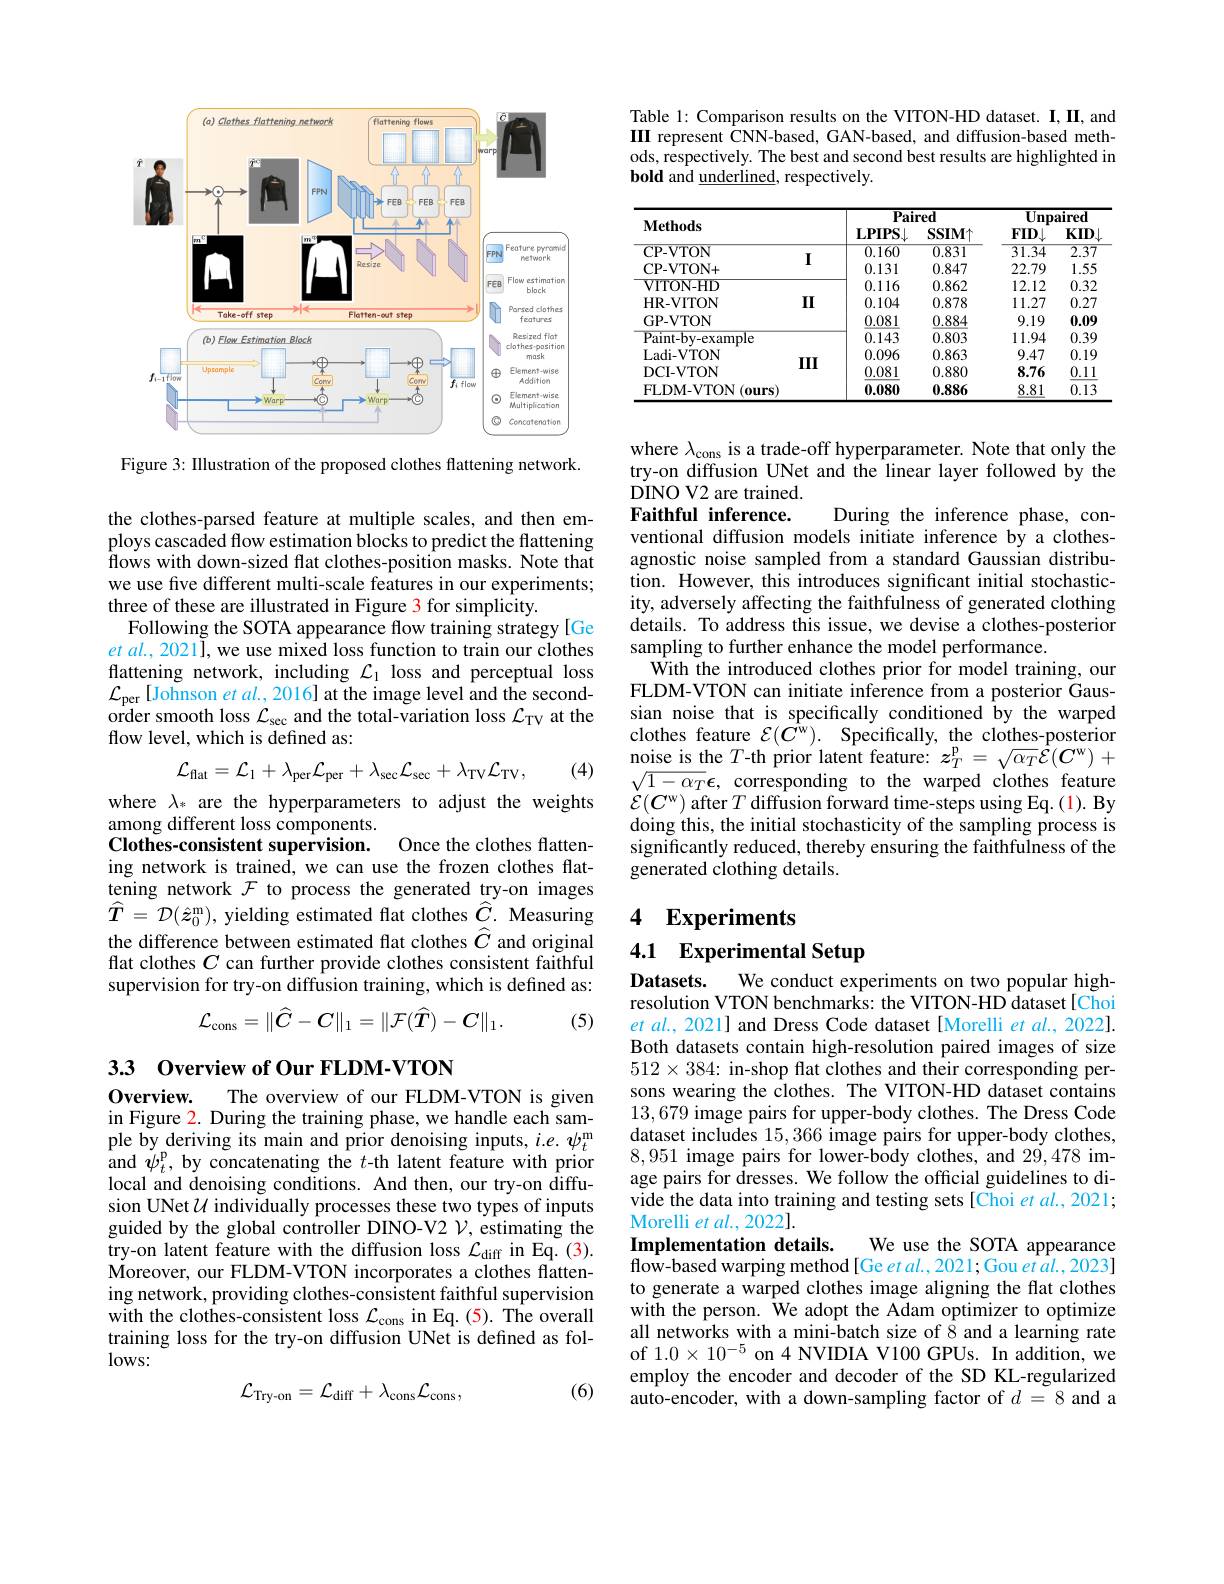
<FigureHere>

Figure 3: Illustration of the proposed clothes flattening network.

the clothes-parsed feature at multiple scales, and then employs cascaded flow estimation blocks to predict the flattening flows with down-sized flat clothes-position masks. Note that we use five different multi-scale features in our experiments; three of these are illustrated in Figure 3 for simplicity.
Following the SOTA appearance flow training strategy[Ge $et\textit{al. , 2021] , we use mixed loss function to train our clothes}$ flattening network, including $\mathcal{L}_1$ loss and perceptual loss $\mathcal{L}_{\mathrm{per}}$[Johnson et al., 2016] at the image level and the secondorder smooth loss $\mathcal{L}_\mathrm{sec}$ and the total-variation loss $\mathcal{L}_\mathrm{TV}$ at the flow level, which is defined as:

(4)
$$\mathcal{L}_{\mathrm{flat}}=\mathcal{L}_{1}+\lambda_{\mathrm{per}}\mathcal{L}_{\mathrm{per}}+\lambda_{\mathrm{sec}}\mathcal{L}_{\mathrm{sec}}+\lambda_{\mathrm{TV}}\mathcal{L}_{\mathrm{TV}},$$
where $\lambda_*$ are the hyperparameters to adjust the weights
among different loss components.
Once the clothes flatten-
Clothes-consistent supervision.
ing network is trained, we can use the frozen clothes flattening network $\mathcal{F}$ to process the generated try-on images $\widehat{T} = \mathcal{D} ( \hat{z} _{0}^{\mathrm{m} }) $, yielding estimated flat clothes $\widehat{C}.$ Measuring the difference between estimated flat clothes $\widehat{C}$ and original flat clothes $C$ can further provide clothes consistent faithful supervision for try-on diffusion training, which is defined as:
$$\mathcal{L}_{\mathrm{cons}}=\|\widehat{C}-C\|_1=\|\mathcal{F}(\widehat{T})-C\|_1.$$
(5)

## 33 0verview of Our FLDM-VTON

Overview.
The overview of our FLDM-VTON is given
in Figure 2. During the training phase, we handle each sample by deriving its main and prior denoising inputs, $i.e.\psi_t^\mathrm{m}$ and $\tilde{\psi}_{t}^{\mathrm{p}}$, by concatenating the $t$-th latent feature with prior local and denoising conditions. And then, our try-on diffusion UNet $\mathcal{U}$ individually processes these two types of inputs guided by the global controller DINO-V2 $\mathcal{V}$, estimating the try-on latent feature with the diffusion loss $\mathcal{L}_\mathrm{diff}$ in Eq.(3). Moreover, our FLDM-VTON incorporates a clothes flattening network, providing clothes-consistent faithful supervision with the clothes-consistent loss $\mathcal{L}_\mathrm{cons}$ in Eq.(5). The overall training loss for the try-on diffusion UNet is defined as fol- $lows:$

(6)
$$\mathcal{L}_{\mathrm{Try-on}}=\mathcal{L}_{\mathrm{diff}}+\lambda_{\mathrm{cons}}\mathcal{L}_{\mathrm{cons}},$$
Table 1: Comparison results on the VITON-HD dataset. I, II, and III represent CNN-based, GAN-based, and diffusion-based methods, respectively. The best and second best results are highlighted in ${\mathbf{bold~and~underlined}},{\mathbf{respectively}}.$

<table>
	<tbody>
		<tr>
			<th rowspan="2">$\mathbf{Methods}$</th>
			<th colspan="2">$\mathbf{Paired}$</th>
			<th colspan="2">$\mathbf{Unpaired}$</th>
		</tr>
		<tr>
			<th>$\mathbf{LPIPS}\bot$</th>
			<th>SSIMT</th>
			<th>$FID\downarrow$</th>
			<th>$KID$</th>
		</tr>
		<tr>
			<td>CP- VTON</td>
			<td>0.160</td>
			<td>0.831</td>
			<td>31.34</td>
			<td>$\overline{2.37}$</td>
		</tr>
		<tr>
			<td>CP- VTON+ </td>
			<td>0.131</td>
			<td>0.847</td>
			<td>22.79</td>
			<td>1.55</td>
		</tr>
		<tr>
			<td>VITON-HD</td>
			<td>0.116</td>
			<td>0.862</td>
			<td>12.12</td>
			<td>0.32</td>
		</tr>
		<tr>
			<td>HR-VITON</td>
			<td>0.104</td>
			<td>0.878</td>
			<td>11.27</td>
			<td>0.27</td>
		</tr>
		<tr>
			<td>GP-VTON</td>
			<td>0.081</td>
			<td>0.884</td>
			<td>9.19</td>
			<td>0.09</td>
		</tr>
		<tr>
			<td>$\overline{{\mathrm{Paint-by-example}}}$</td>
			<td>0.143</td>
			<td>0.803</td>
			<td>11.94</td>
			<td>0.39</td>
		</tr>
		<tr>
			<td>Ladi- VTON</td>
			<td>0.096</td>
			<td>0.863</td>
			<td>9.47</td>
			<td>0.19</td>
		</tr>
		<tr>
			<td>DCI-VTON</td>
			<td>0.081</td>
			<td>0.880</td>
			<td>8.76</td>
			<td>0.11</td>
		</tr>
		<tr>
			<td>FLDM-VTON(ours)</td>
			<td>0.080</td>
			<td>0.886</td>
			<td>8.81</td>
			<td>0.13</td>
		</tr>
	</tbody>
</table>

where $\lambda_{\mathrm{cons}}$ is a trade-off hyperparameter. Note that only the try-on diffusion UNet and the linear layer followed by the DINO V2 are trained. Faithful inference.

During the inference phase, con-
ventional diffusion models initiate inference by a clothesagnostic noise sampled from a standard Gaussian distribution. However, this introduces significant initial stochasticity, adversely affecting the faithfulness of generated clothing details. To address this issue, we devise a clothes-posterior sampling to further enhance the model performance.
With the introduced clothes prior for model training, our FLDM-VTON can initiate inference from a posterior Gaussian noise that is specifically conditioned $\hat{\text{by the warped}}$ clothes feature $\mathcal{E} ( \hat{C^\mathrm{w} } ) .$ Specifically, the clothes-posterion noise is the $T$-th prior latent feature: $z_T^\mathrm{p}=\sqrt{\alpha_T}\hat{\mathcal{E}}(C^\mathrm{w})+$ $\sqrt{1-\alpha_{T}}\epsilon$,corresponding to the warped clothes feature $\dot{\mathcal{E}}(\boldsymbol{C}^{\mathrm{w}})$ after$T$ diffusion forward time-steps using Eq.(1). By doing this, the initial stochasticity of the sampling process is significantly reduced, thereby ensuring the faithfulness of the generated clothing details.

## 4 $\mathbf{Experiments}$

4.1 Experimental Setup

Datasets.
We conduct experiments on two popular high-
resolution VTON benchmarks: the VITON-HD dataset[Choi et al., 2021] and Dress Code dataset[Morelli et al., 2022]. Both datasets contain high-resolution paired images of size $512\times384:$ in-shop flat clothes and their corresponding persons wearing the clothes. The VITON-HD dataset contains 13,679 image pairs for upper-body clothes. The Dress Code dataset includes 15,366 image pairs for upper-body clothes, 8,951 image pairs for lower-body clothes, and 2$\dot{9},478$ image pairs for dresses. We follow the official guidelines to divide the data into training and testing sets[Choi et $al.,2021;$ Morelli et al., 2022].
Implementation details.
We use the SOTA appearance
flow-based warping method[Ge et al., 2021; Gou et al., 2023] to generate a warped clothes image aligning the flat clothes with the person. We adopt the Adam optimizer to optimize all networks with a mini-batch size of $\hat{8}$ and a learning rate of $1.0\times10^{-5}$ on 4 NVIDIA V100 GPUs. In addition, we employ the encoder and decoder of the SD KL-regularized auto-encoder, with a down-sampling factor of $d=8$ and a